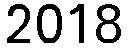
2018